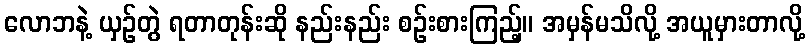
လောဘနဲ့ ယှဉ်တွဲ ရတာတုန်းဆို နည်းနည်း စဉ်းစားကြည့်။ အမှန်မသိလို့ အယူမှားတာလို့